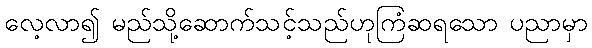
လေ့လာ၍ မည်သို့ဆောက်သင့်သည်ဟုကြံဆရသော ပညာမှာ